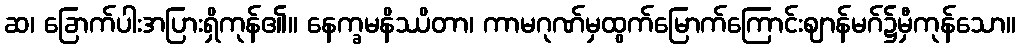
ဆ၊ ခြောက်ပါးအပြားရှိကုန်၏။ နေက္ခမနိဿိတာ၊ ကာမဂုဏ်မှထွက်မြောက်ကြောင်းဈာန်မဂ်၌မှီကုန်သော။